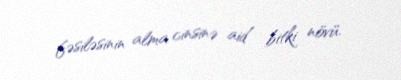
fəsiləsinin alma cinsinə aid bitki növü.